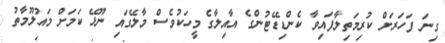
ގިނަ ފަހަރަށް ކުރިމަތިލާފައިވާ ކެންޑިޑޭޓުންގެ އާއިލާގެ މީހަކުވެސް މާލޭގައި ނޫޅޭ ކަމަށް މައުލޫމާތު